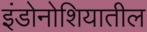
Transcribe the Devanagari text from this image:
इंडोनोशियातील